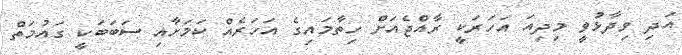
އަދި ވިދާޅުވީ މިދިއަ އަހަރަކީ ރާއްޖެއަށް ހިތާމައިގެ އަހަރެއް ކަމަށާއި ސަބަބަކީ ގައުމަތް